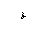
Letter: _fa